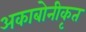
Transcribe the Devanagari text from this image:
अकाबोनीकृत